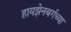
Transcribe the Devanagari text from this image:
हायझेनबर्गच्या